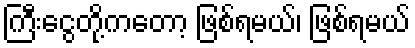
ကြီးငွေတို့ကတော့ ဖြစ်ရမယ်၊ ဖြစ်ရမယ်